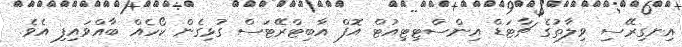
އިނގިރޭސި ވިލާތުގެ ޗާޓަޑް އިންސްޓިޓިއުޓް އޮފް އާބިޓްރޭޓަސް ގުޅިގެން ކޯހެއް ބާއްވައިފި އެވެ.